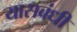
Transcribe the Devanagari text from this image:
यासबंधी